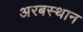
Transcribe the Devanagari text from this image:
अरबस्थान